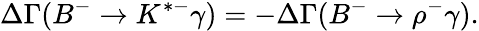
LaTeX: \Delta\Gamma(B^{-}\to K^{*-}\gamma)=-\Delta\Gamma(B^{-}\to\rho^{-}\gamma).